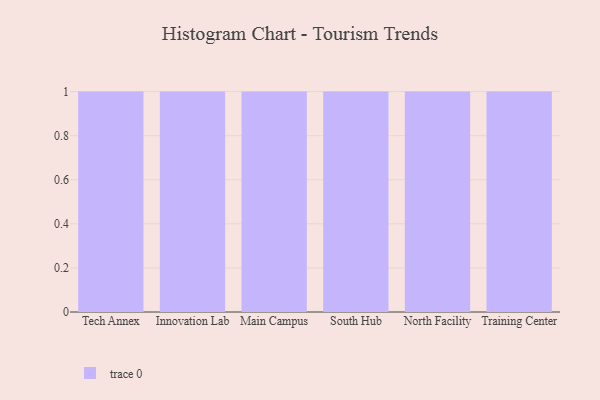
{"axis": {"x": "Campus", "y": "Market Share (%)"}, "legend": [""], "data": [{"x": "Tech Annex", "y": 28, "type": ""}, {"x": "Innovation Lab", "y": 45, "type": ""}, {"x": "Main Campus", "y": 90, "type": ""}, {"x": "South Hub", "y": 14, "type": ""}, {"x": "North Facility", "y": 49, "type": ""}, {"x": "Training Center", "y": 20, "type": ""}]}